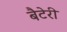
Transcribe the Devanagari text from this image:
बैटेरी